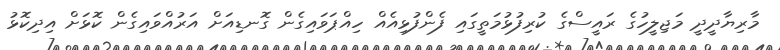
މާރިޔާދީދީ މަޖިލީހުގެ ރައީސްގެ ކުރިފުޅުމަތީގައި ފެންފުޅިއެއް ހިއްޕަވައިގެން ގޮނޑިއަށް އަރުއްވައިގެން ކޮޅަށް އިދިކޮޅު